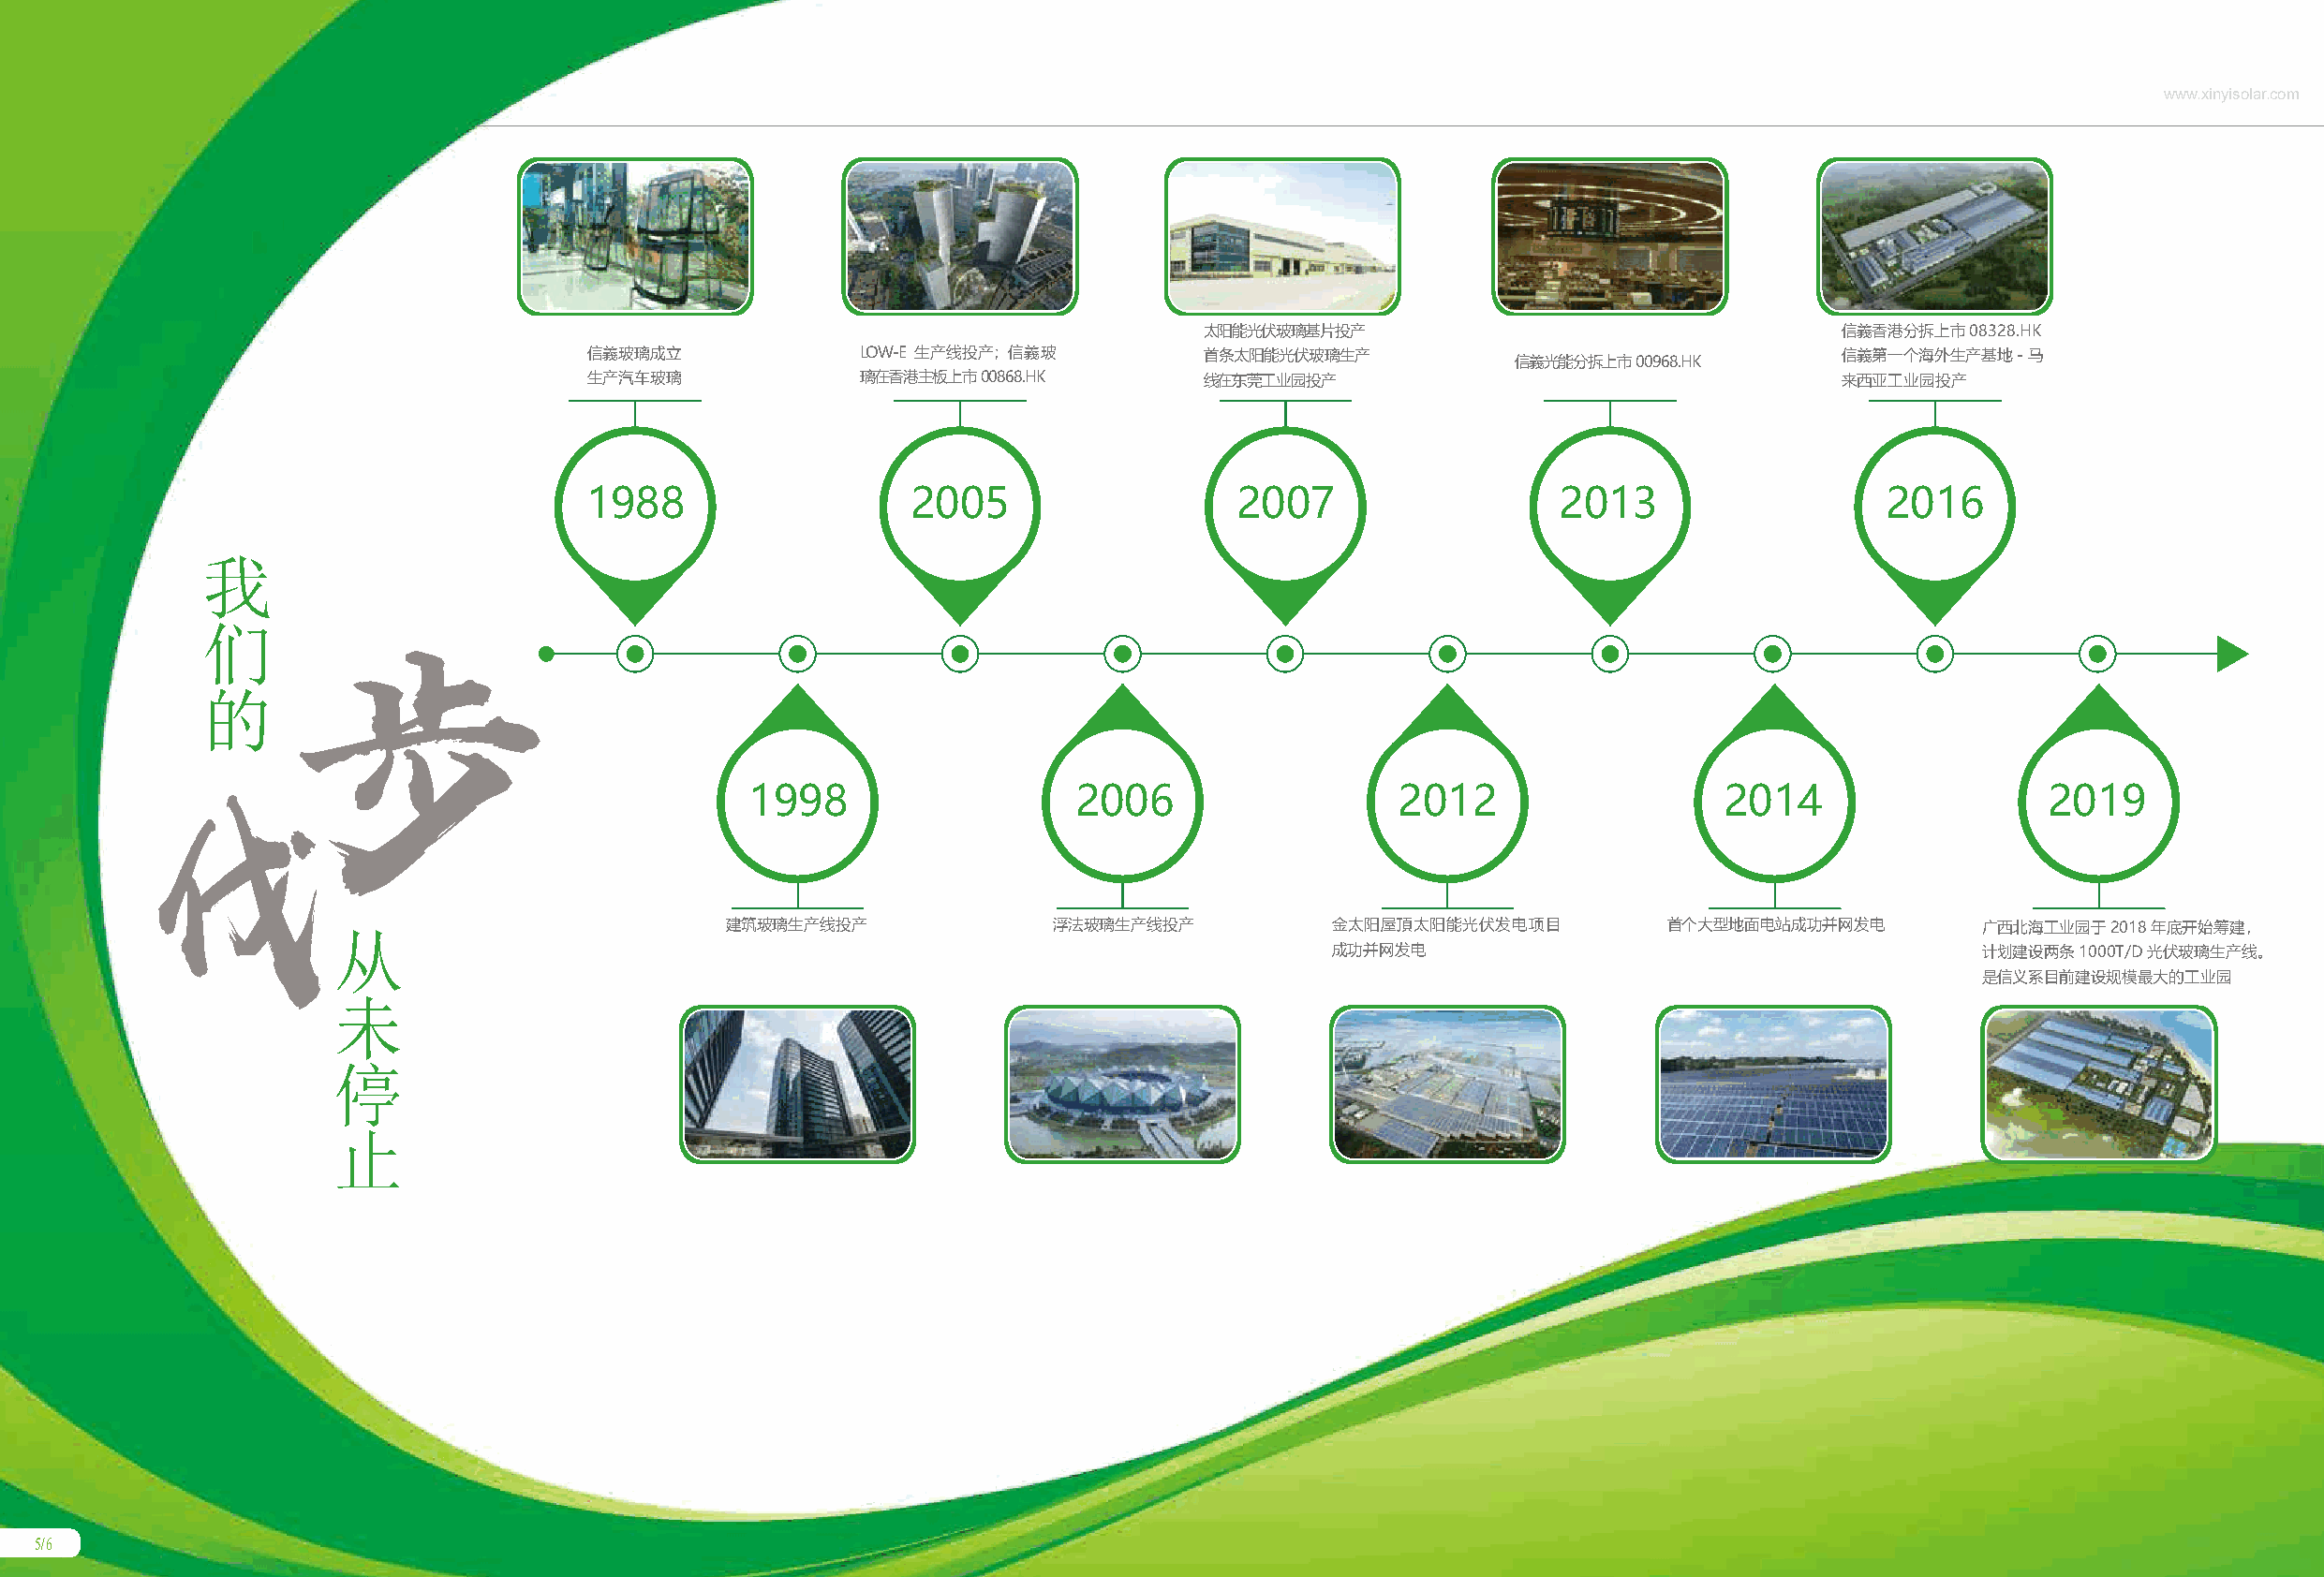
www.xinyisolar.com
 太阳能光伏玻璃基片投产                                  信義香港分拆上市08328.HK
 信義玻璃成立             LOW-E 生产线投产；信義玻         首条太阳能光伏玻璃生产                                  信義第一个海外生产基地-马
 信義光能分拆上市00968.HK
 生产汽车玻璃             璃在香港主板上市00868.HK        线在东莞工业园投产                                    来西亚工业园投产
 1988                   2005                   2007                   2013                   2016
 我
 们
 的步
 1998                   2006                   2012                   2014                   2019
 伐
 从                          建筑玻璃生产线投产              浮法玻璃生产线投产           金太阳屋頂太阳能光伏发电项目          首个大型地面电站成功并网发电        广西北海工业园于2018年底开始筹建，
 成功并网发电                                        计划建设两条1000T/D光伏玻璃生产线。
 是信义系目前建设规模最大的工业园
 未
 停
 止
 5/6